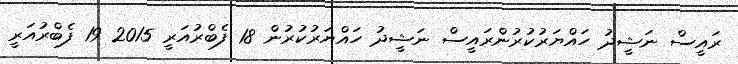
ރައީސް ނަޝީދު ހައްޔަރުކުރުންރައީސް ނަޝީދު ހައްޔަރުކުރުން 18 ފެބްރުއަރީ 2015 19 ފެބްރުއަރީ